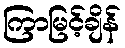
ကြာမြင့်ချိန်